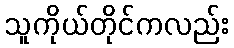
သူကိုယ်တိုင်ကလည်း